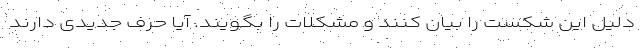
دلیل این شکست را بیان کنند و مشکلات را بگویند. آیا حرف جدیدی دارند